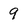
Character: 9